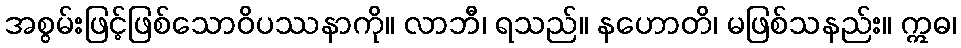
အစွမ်းဖြင့်ဖြစ်သောဝိပဿနာကို။ လာဘီ၊ ရသည်။ နဟောတိ၊ မဖြစ်သနည်း။ ဣဓ၊